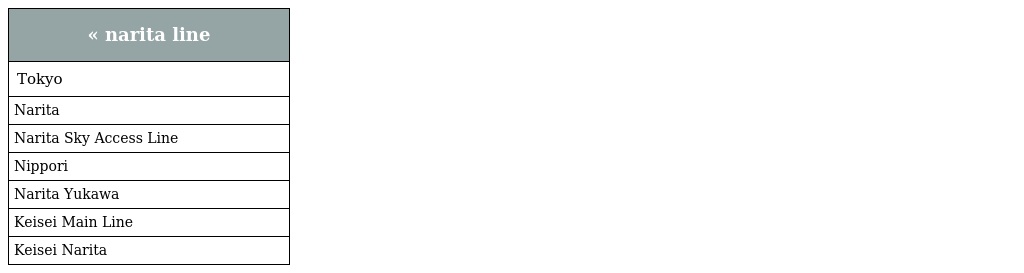
| « narita line |
 | --- |
 | Tokyo |
 | Narita |
 | Narita Sky Access Line |
 | Nippori |
 | Narita Yukawa |
 | Keisei Main Line |
 | Keisei Narita |